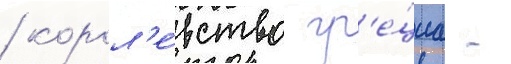
/ корол'е́вство гр'е́циа -